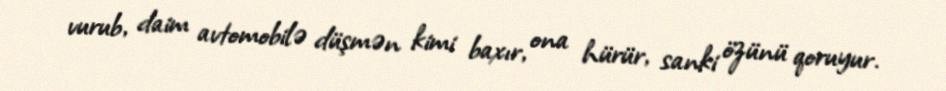
vurub, daim avtomobilə düşmən kimi baxır, ona hürür, sanki özünü qoruyur.